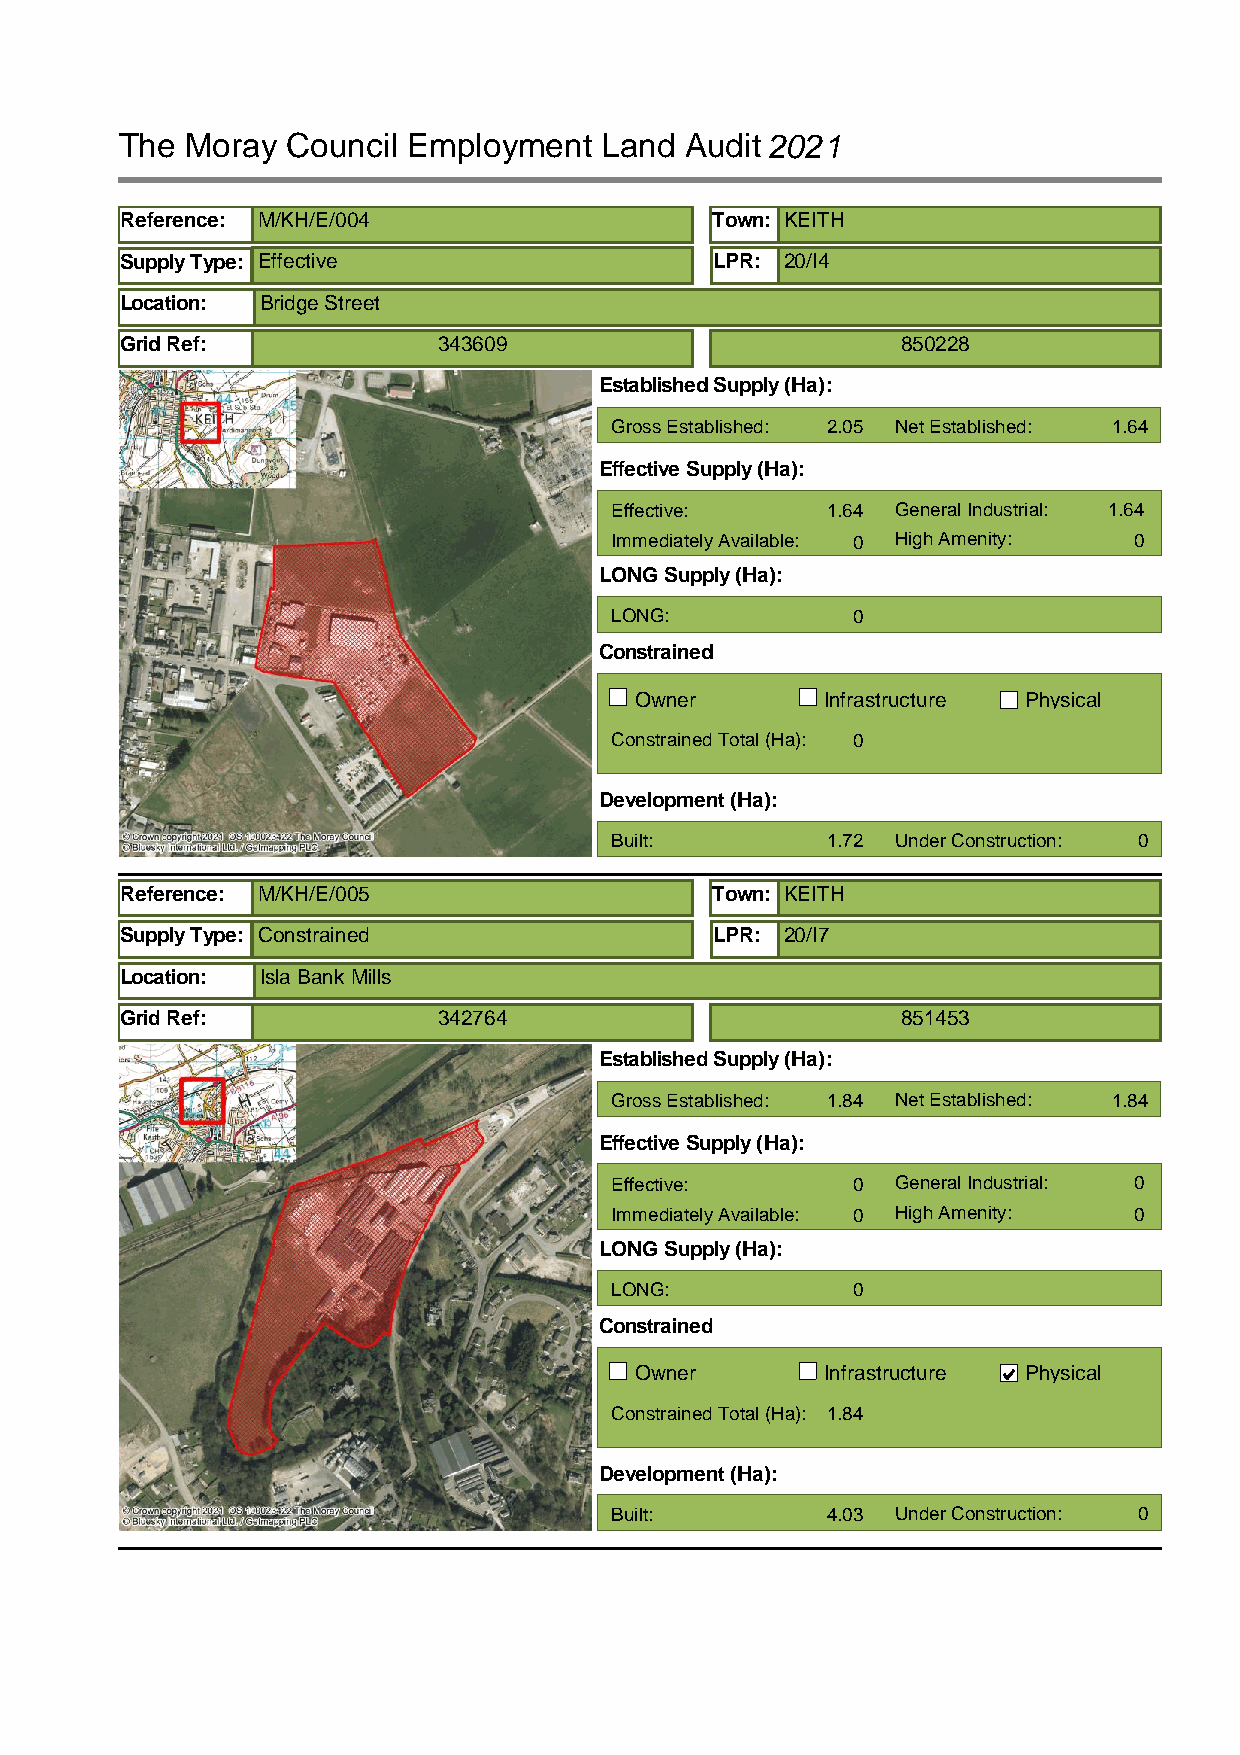
The Moray  Council Employment   Land Audit2021
 Reference: M/KH/E/004                  Town: KEITH
 Supply Type: Effective                 LPR: 20/I4
 Location: Bridge Street
 Grid Ref:            343609                         850228
 Established Supply (Ha):
 Gross Established: 2.05 Net Established: 1.64
 Effective Supply (Ha):
 Effective:     1.64 General Industrial: 1.64
 Immediately Available: 0 High Amenity: 0
 LONG Supply (Ha):
 LONG:           0
 Constrained
 Owner        Infrastructure Physical
 Constrained Total (Ha): 0
 Development (Ha):
 Built:         1.72 Under Construction: 0
 Reference: M/KH/E/005                  Town: KEITH
 Supply Type: Constrained               LPR: 20/I7
 Location: Isla Bank Mills
 Grid Ref:            342764                         851453
 Established Supply (Ha):
 Gross Established: 1.84 Net Established: 1.84
 Effective Supply (Ha):
 Effective:      0  General Industrial: 0
 Immediately Available: 0 High Amenity: 0
 LONG Supply (Ha):
 LONG:           0
 Constrained
 Owner        Infrastructure Physical
 Constrained Total (Ha): 1.84
 Development (Ha):
 Built:         4.03 Under Construction: 0